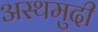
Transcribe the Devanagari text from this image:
अस्थमुदी